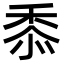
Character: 𮮐